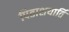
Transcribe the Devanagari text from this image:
पिताशयार्ति